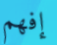
إفهم